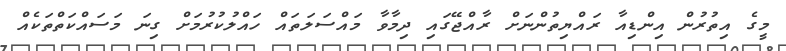
މީގެ އިތުރުން އިންޑިއާ ރައްޔިތުންނަށް ރާއްޖޭގައި ދިމާވާ މައްސަލަތައް ހައްލުކުރުމަށް ގިނަ މަސައްކަތްތަކެއް